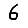
Digit: 6